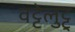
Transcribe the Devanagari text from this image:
वट्टेलुट्टु